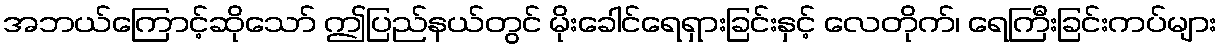
အဘယ်ကြောင့်ဆိုသော် ဤပြည်နယ်တွင် မိုးခေါင်ရေရှားခြင်းနှင့် လေတိုက်၊ ရေကြီးခြင်းကပ်များ